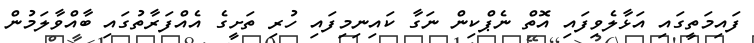
ފައިމަތީގައި އަޅާލެވިފައި އޮތް ނެޕްކިން ނަގާ ކައިނިމިފައި ހުރި ތަށީގެ އެއްފަރާތުގައި ބާއްވާލަމުން